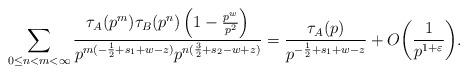
LaTeX: \begin{align*}\sum_{ 0\leq n<m <\infty } \frac{\tau_A(p^{m}) \tau_B(p^{n}) \left( 1-\frac{p^w}{p^{2}} \right)}{ p^{m(-\frac{1}{2}+s_1+w-z)} p^{n(\frac{3}{2}+s_2-w+z)} } = \frac{\tau_A(p)}{p^{ -\frac{1}{2}+s_1+w-z }} + O\bigg( \frac{1}{p^{1+\varepsilon}}\bigg).\end{align*}